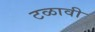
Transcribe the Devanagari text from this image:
टळावी